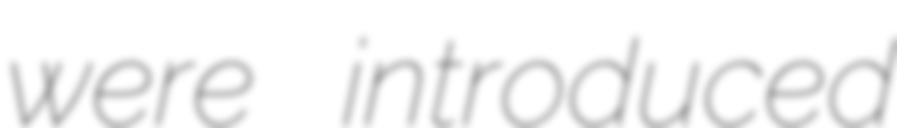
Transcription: were introduced